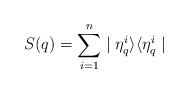
\begin{align*}S(q)=\sum_{i=1}^n\mid\eta_q^i\rangle\langle\eta_q^i\mid\end{align*}